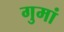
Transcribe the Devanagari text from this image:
गुमां